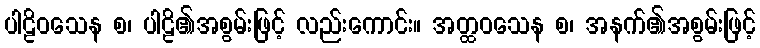
ပါဠိဝသေန စ၊ ပါဠိ၏အစွမ်းဖြင့် လည်းကောင်း။ အတ္ထဝသေန စ၊ အနက်၏အစွမ်းဖြင့်